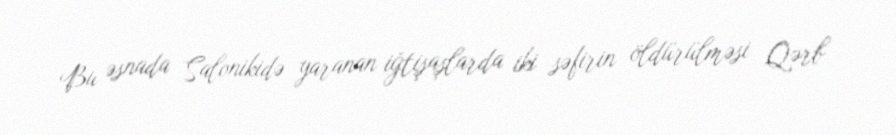
Bu əsnada Salonikidə yaranan iğtişaşlarda iki səfirin öldürülməsi Qərb